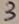
Text: 3